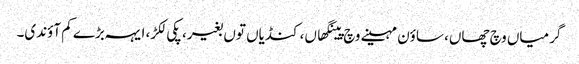
گرمیاں وچ چھاں، ساؤن مہینے وچ پینگھاں، کنڈیاں توں بغیر، پکی لکڑ، ایہہ بڑے کم آؤندی۔